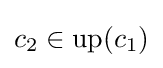
c_{2}\in \mathrm {up} (c_{1})